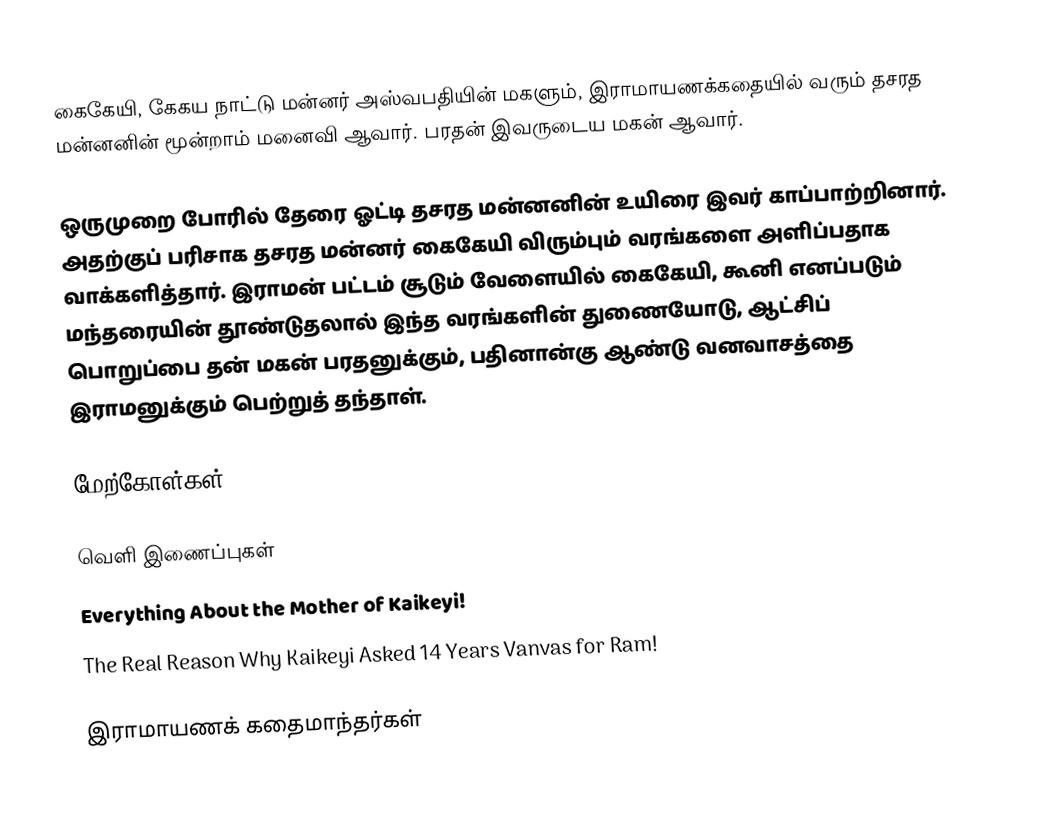
கைகேயி, கேகய நாட்டு மன்னர் அஸ்வபதியின் மகளும்,  இராமாயணக்கதையில் வரும் தசரத மன்னனின் மூன்றாம் மனைவி ஆவார். பரதன் இவருடைய மகன் ஆவார்.

ஒருமுறை போரில் தேரை ஓட்டி தசரத மன்னனின்  உயிரை இவர் காப்பாற்றினார். அதற்குப் பரிசாக தசரத மன்னர் கைகேயி விரும்பும் வரங்களை அளிப்பதாக வாக்களித்தார். இராமன் பட்டம் சூடும் வேளையில் கைகேயி, கூனி எனப்படும் மந்தரையின் தூண்டுதலால் இந்த வரங்களின் துணையோடு, ஆட்சிப் பொறுப்பை தன் மகன் பரதனுக்கும், பதினான்கு ஆண்டு வனவாசத்தை இராமனுக்கும் பெற்றுத் தந்தாள்.

மேற்கோள்கள்

வெளி இணைப்புகள்
  Everything About the Mother of Kaikeyi!
 The Real Reason Why Kaikeyi Asked 14 Years Vanvas for Ram!

இராமாயணக் கதைமாந்தர்கள்